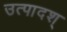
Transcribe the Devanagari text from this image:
उत्पादश्